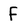
Character: F